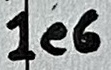
Text: 1e6